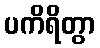
ပကိရိတွာ